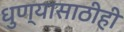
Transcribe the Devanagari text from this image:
धुण्यासाठीही